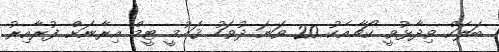
ބަލަކް ވިދާޅުވީ ކޯޗާއެކު 20 ވަނަ ދުވަހު ޤައުމީ ޓީމް އިރާނަށް ފުރާއިރު